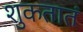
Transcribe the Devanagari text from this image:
शुकतातं